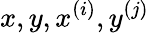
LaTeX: x,y,x^{(i)},y^{(j)}